Report of the Municipal Commissioner on the plague in Bombay for the year ending 31st May... - Volume 3
Disease focus: Plague
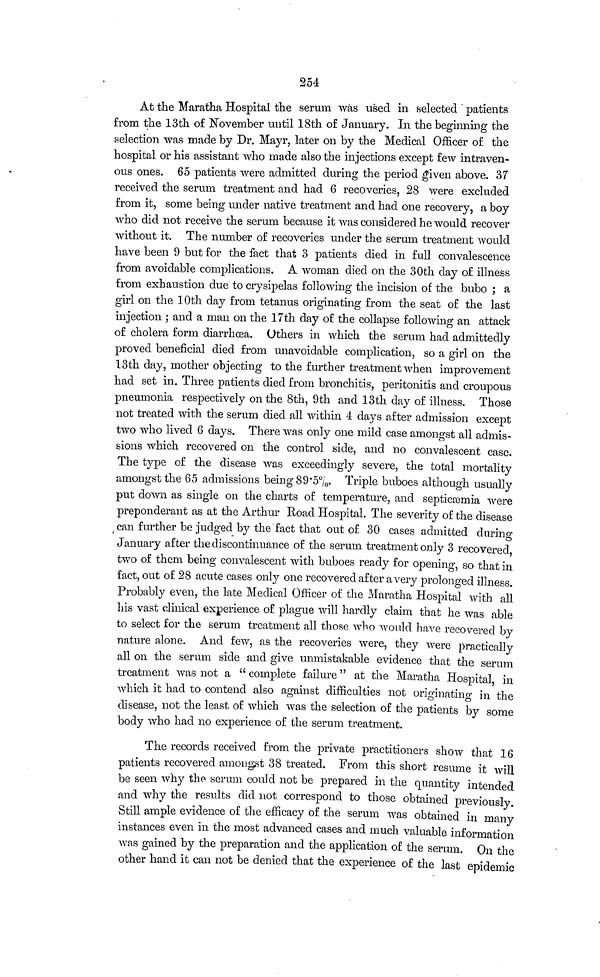
254
At the Maratha Hospital the serum was used in selected patients
from the 13th of November until 18th of January. In the beginning the
selection was made by Dr. Mayr, later on by the Medical Officer of the
hospital or his assistant who made also the injections except few intraven-
ous ones. 65 patients were admitted during the period given above. 37
received the serum treatment and had 6 recoveries, 28 were excluded
from it, some being under native treatment and had one recovery, a boy
who did not receive the serum because it was considered he would recover
without it. The number of recoveries under the serum treatment would
have been 9 but for the fact that 3 patients died in full convalescence
from avoidable complications. A woman died on the 30th day of illness
from exhaustion due to erysipelas following the incision of the bubo ; a
girl on the 10th day from tetanus originating from the seat of the last
injection ; and a man on the 17th day of the collapse following an attack
of cholera form diarrhæa. Others in which the serum had admittedly
proved beneficial died from unavoidable complication, so a girl on the
13th day, mother objecting to the further treatment when improvement
had set in. Three patients died from bronchitis, peritonitis and croupous
pneumonia respectively on the 8th, 9th and 13th day of illness. Those
not treated with the serum died all within 4 days after admission except
two who lived 6 days. There was only one mild case amongst all admis-
sions which recovered on the control side, and no convalescent case.
The type of the disease was exceedingly severe, the total mortality
amongst the 65 admissions being 89•5%. Triple buboes although usually
put down as single on the charts of temperature, and septicæmia were
preponderant as at the Arthur Road Hospital. The severity of the disease
can further be judged by the fact that out of 30 cases admitted during
January after the discontinuance of the serum treatment only 3 recovered
two of them being convalescent with buboes ready for opening, so that in
fact, out of 28 acute cases only one recovered after a very prolonged illness.
Probably even, the late Medical Officer of the Maratha Hospital with all
his vast clinical experience of plague will hardly claim that he was able
to select for the serum treatment all those who would have recovered by
nature alone. And few, as the recoveries were, they were practically
all on the serum side and give unmistakable evidence that the serum
treatment was not a "complete failure" at the Maratha Hospital, in
which it had to contend also against difficulties not originating in the
disease, not the least of which was the selection of the patients by some
body who had no experience of the serum treatment.
The records received from the private practitioners show that 16
patients recovered amongst 38 treated. From this short resume it will
be seen why the serum could not be prepared in the quantity intended
and why the results did not correspond to those obtained previously.
Still ample evidence of the efficacy of the serum was obtained in many
instances even in the most advanced cases and much valuable information
was gained by the preparation and the application of the serum. On the
other hand it can not be denied that the experience of the last epidemic